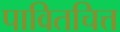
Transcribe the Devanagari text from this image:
पावितचित्त